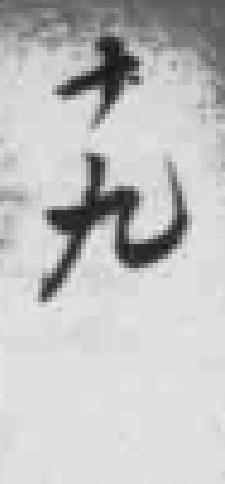
十九